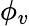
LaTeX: \phi_{v}